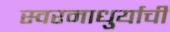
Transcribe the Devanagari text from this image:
स्वरमाधुर्याची